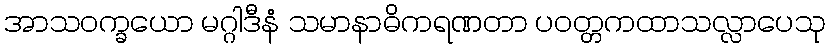
အာသဝက္ခယော မဂ္ဂါဒီနံ သမာနာဓိကရဏတာ ပဝတ္တကထာသလ္လာပေသု